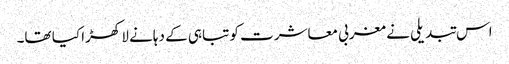
اس تبدیلی نے مغربی معاشرت کو تباہی کے دہانے لا کھڑا کیا تھا۔